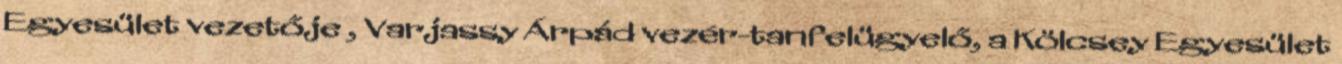
Egyesület vezetője , Varjassy Árpád vezér-tanfelügyelő, a Kölcsey Egyesület